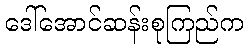
ဒေါ်အောင်ဆန်းစုကြည်က